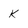
Character: K